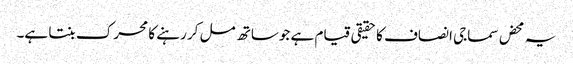
یہ محض سماجی انصاف کا حقیقی قیام ہے جوساتھ مل کر رہنے کا محرک بنتا ہے۔